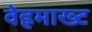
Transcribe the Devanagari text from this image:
वेह्रमाख्ट